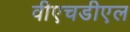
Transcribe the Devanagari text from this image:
वीएचडीएल